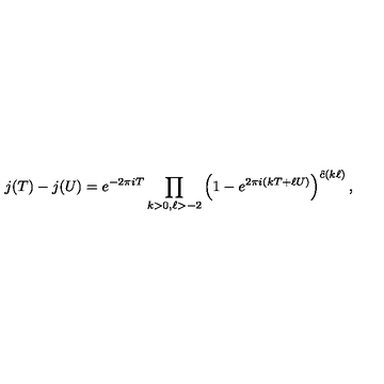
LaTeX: j ( T ) - j ( U ) = e ^ { - 2 \pi i T } \prod _ { k > 0 , \ell > - 2 } \left( 1 - e ^ { 2 \pi i ( k T + \ell U ) } \right) ^ { \hat { c } ( k \ell ) } ,